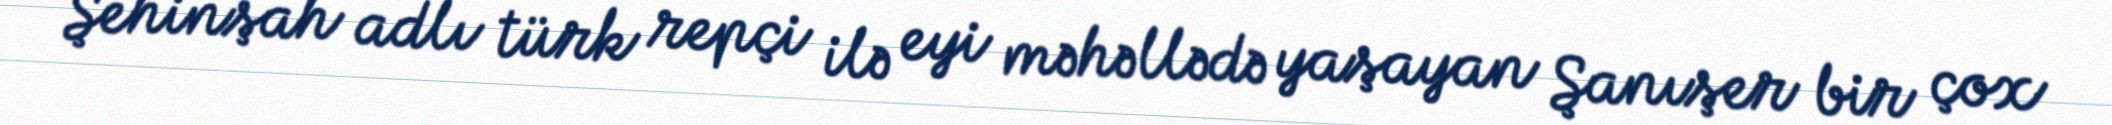
Şehinşah adlı türk repçi ilə eyi məhəllədə yaşayan Şanışer bir çox